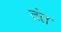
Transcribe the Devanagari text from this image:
तंत